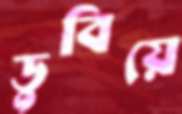
ডুবিয়ে